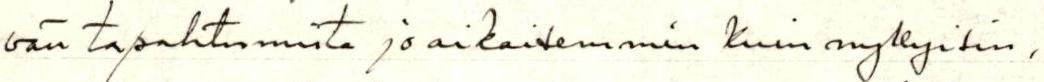
vän tapahtumista jo aikaisemmin kuin nykyisin,